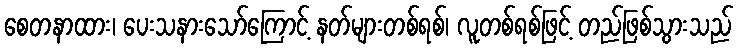
စေတနာထား၊ ပေးသနားသော်ကြောင့် နတ်များတစ်ရစ်၊ လူတစ်ရစ်ဖြင့် တည်ဖြစ်သွားသည်